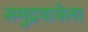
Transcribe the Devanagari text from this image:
समुद्रयात्रेला